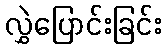
လွှဲပြောင်းခြင်း